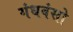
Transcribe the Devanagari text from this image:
गंधवंसो